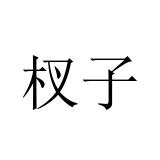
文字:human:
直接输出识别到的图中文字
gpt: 杈子